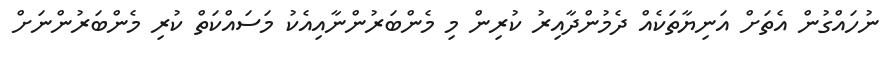
ނުހައްގުން އެތަށް އަނިޔާތަކެއް ދެމުންދާއިރު ކުރިން މި މެންބަރުންނާއިއެކު މަސައްކަތް ކުރި މެންބަރުންނަށް